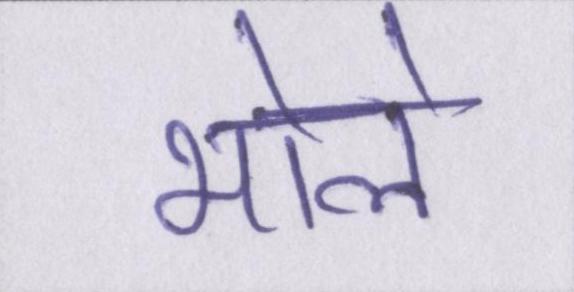
भोले